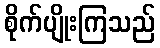
စိုက်ပျိုးကြသည်